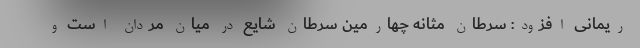
ریمانی افزود: سرطان مثانه چهارمین سرطان شایع در میان مردان است و